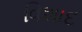
વિશાદ